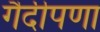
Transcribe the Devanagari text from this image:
गैदीपणा